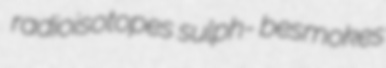
radioisotopes sulph- besmokes